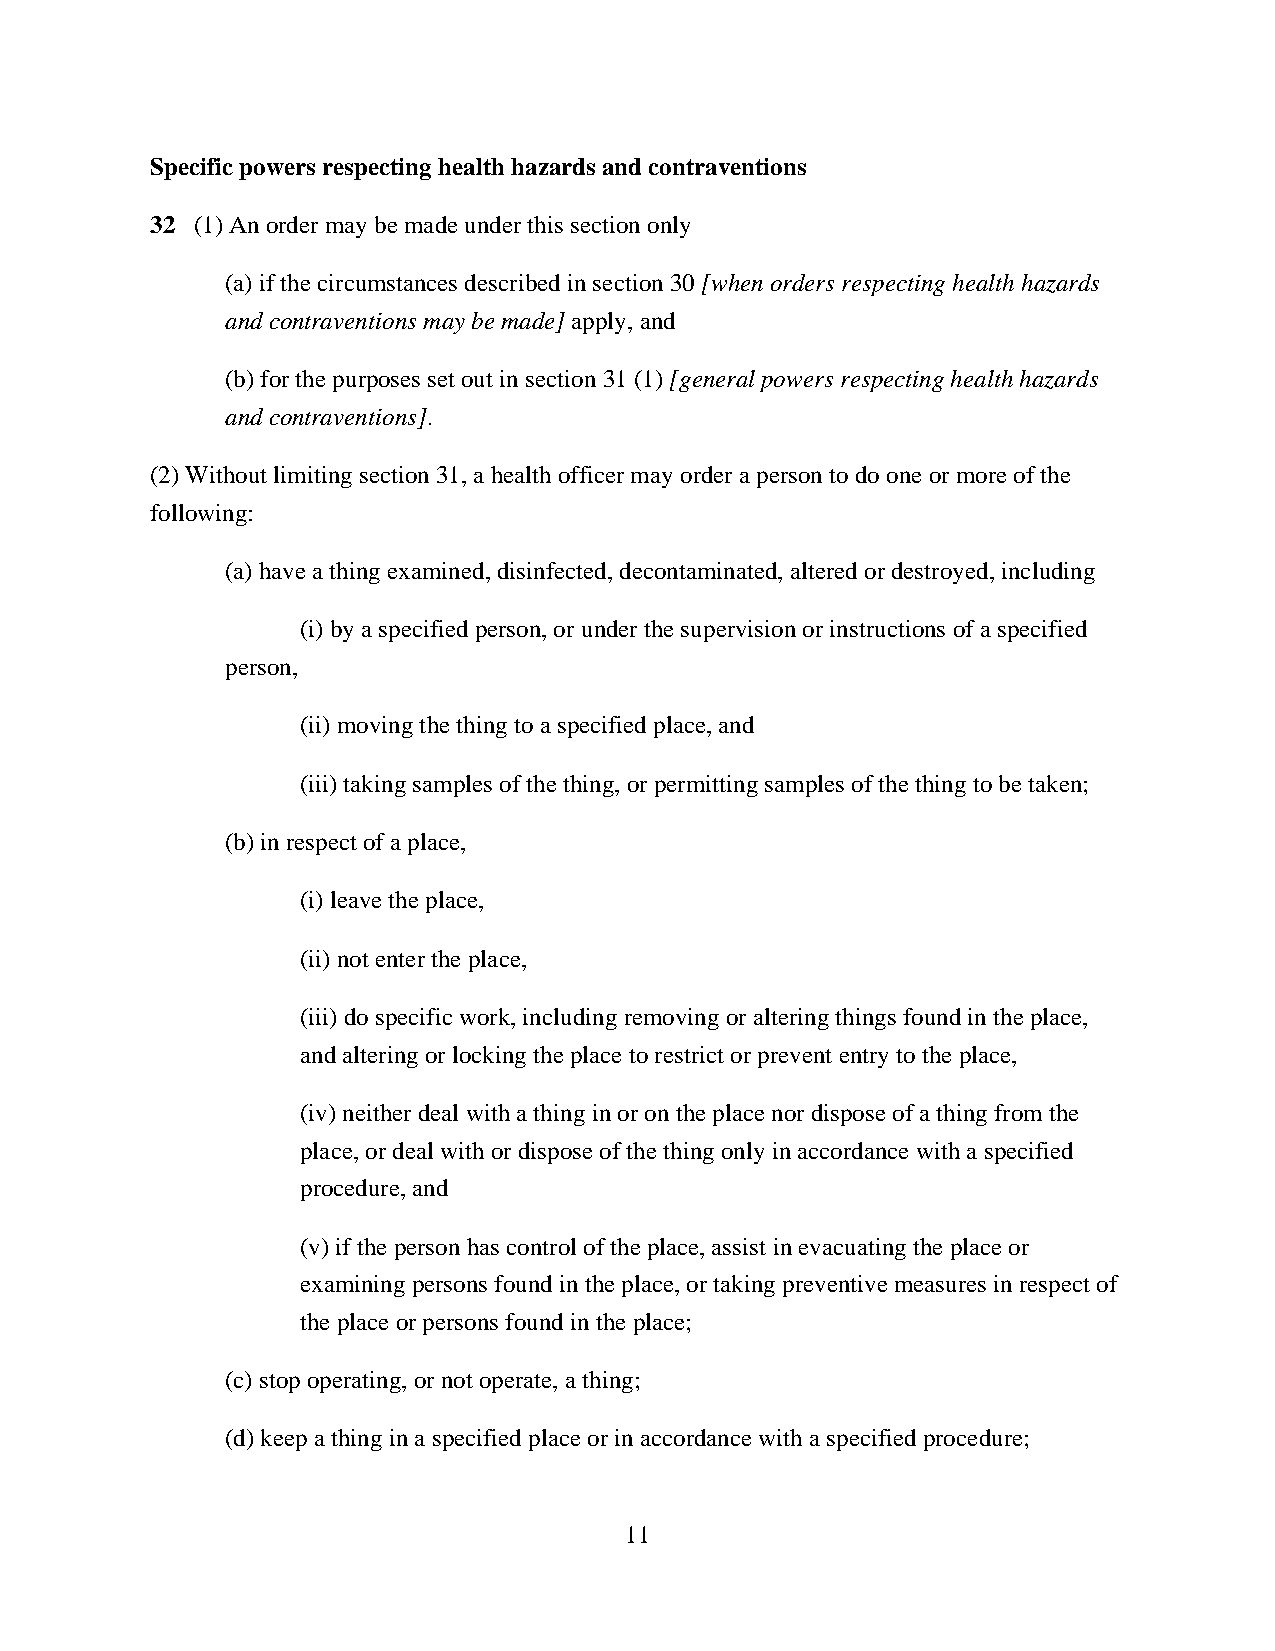
Specific powers respecting health hazards and contraventions
 32 (1) An order may be made under this section only
 (a) if the circumstances described in section 30 [when orders respecting health hazards
 and contraventions may be made] apply, and
 (b) for the purposes set out in section 31 (1) [general powers respecting health hazards
 and contraventions].
 (2) Without limiting section 31, a health officer may order a person to do one or more of the
 following:
 (a) have a thing examined, disinfected, decontaminated, altered or destroyed, including
 (i) by a specified person, or under the supervision or instructions of a specified
 person,
 (ii) moving the thing to a specified place, and
 (iii) taking samples of the thing, or permitting samples of the thing to be taken;
 (b) in respect of a place,
 (i) leave the place,
 (ii) not enter the place,
 (iii) do specific work, including removing or altering things found in the place,
 and altering or locking the place to restrict or prevent entry to the place,
 (iv) neither deal with a thing in or on the place nor dispose of a thing from the
 place, or deal with or dispose of the thing only in accordance with a specified
 procedure, and
 (v) if the person has control of the place, assist in evacuating the place or
 examining persons found in the place, or taking preventive measures in respect of
 the place or persons found in the place;
 (c) stop operating, or not operate, a thing;
 (d) keep a thing in a specified place or in accordance with a specified procedure;
 11